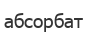
абсорбат